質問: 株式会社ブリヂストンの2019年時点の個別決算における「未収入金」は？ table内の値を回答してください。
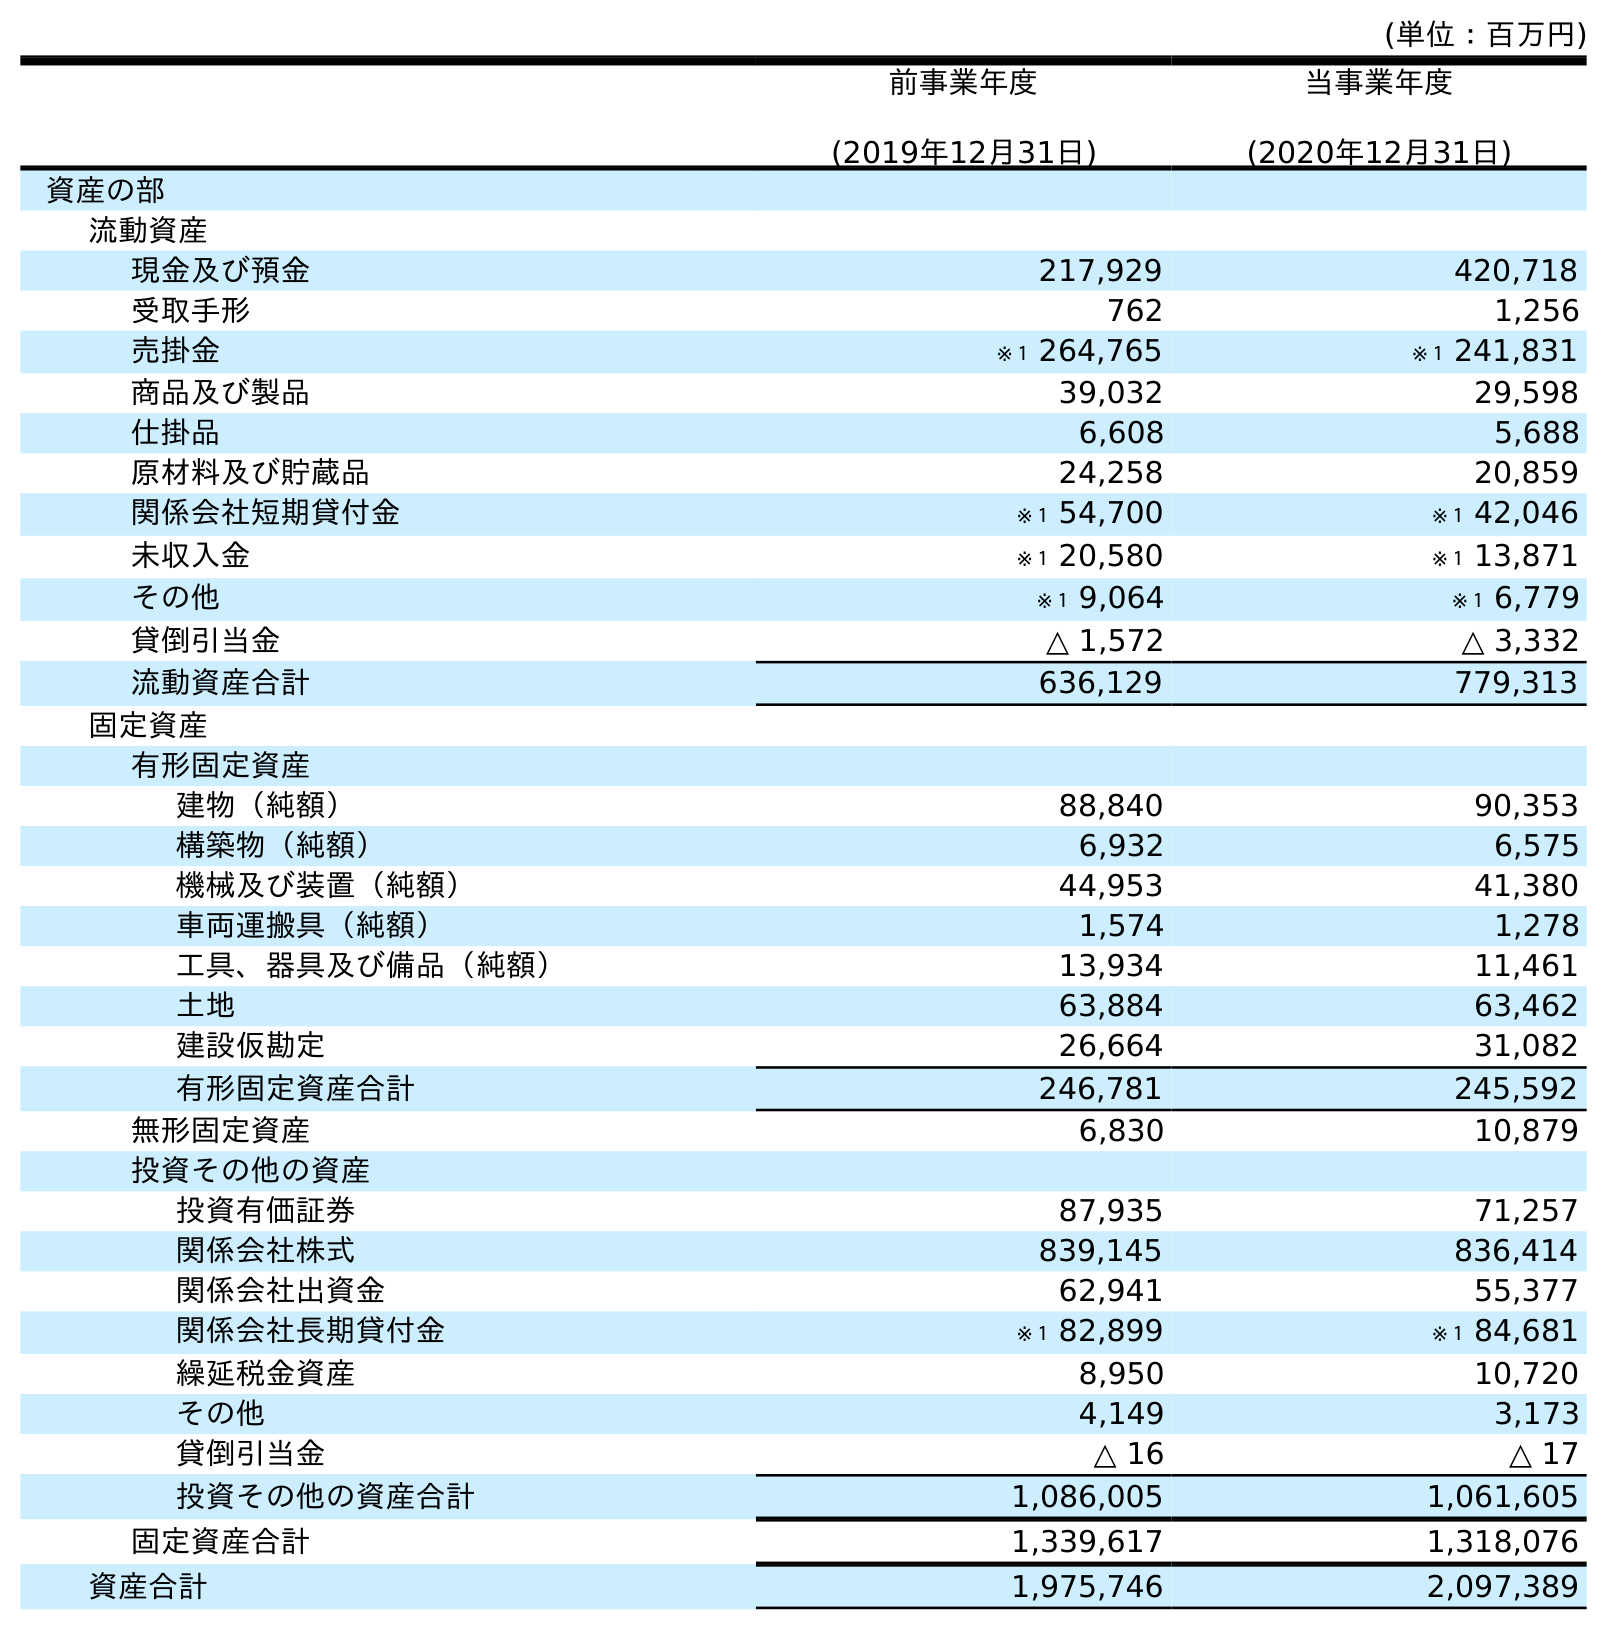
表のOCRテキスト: (単位：百万円) 前事業年度 (2019年12月31日) 当事業年度 (2020年12月31日) 資産の部 流動資産 現金及び預金 217,929 420,718 受取手形 762 1,256 売掛金 ※１ 264,765 ※１ 241,831 商品及び製品 39,032 29,598 仕掛品 6,608 5,688 原材料及び貯蔵品 24,258 20,859 関係会社短期貸付金 ※１ 54,700 ※１ 42,046 未収入金 ※１ 20,580 ※１ 13,871 その他 ※１ 9,064 ※１ 6,779 貸倒引当金 △ 1,572 △ 3,332 流動資産合計 636,129 779,313 固定資産 有形固定資産 建物（純額） 88,840 90,353 構築物（純額） 6,932 6,575 機械及び装置（純額） 44,953 41,380 車両運搬具（純額） 1,574 1,278 工具、器具及び備品（純額） 13,934 11,461 土地 63,884 63,462 建設仮勘定 26,664 31,082 有形固定資産合計 246,781 245,592 無形固定資産 6,830 10,879 投資その他の資産 投資有価証券 87,935 71,257 関係会社株式 839,145 836,414 関係会社出資金 62,941 55,377 関係会社長期貸付金 ※１ 82,899 ※１ 84,681 繰延税金資産 8,950 10,720 その他 4,149 3,173 貸倒引当金 △ 16 △ 17 投資その他の資産合計 1,086,005 1,061,605 固定資産合計 1,339,617 1,318,076 資産合計 1,975,746 2,097,389
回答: ※１20,580